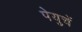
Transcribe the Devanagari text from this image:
पेयुचें